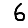
Digit: 6